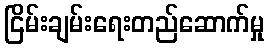
ငြိမ်းချမ်းရေးတည်ဆောက်မှု